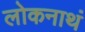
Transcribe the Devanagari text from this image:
लोकनाथं